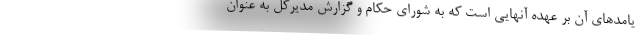
یامدهای آن بر عهده آنهایی است که به شورای حکام و گزارش مدیرکل به عنوان